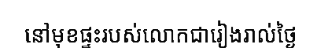
នៅមុខផ្ទះរបស់លោកជារៀងរាល់ថ្ងៃ